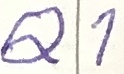
Text: Q1